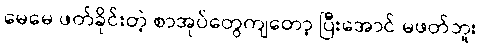
မေမေ ဖတ်ခိုင်းတဲ့ စာအုပ်တွေကျတော့ ပြီးအောင် မဖတ်ဘူး